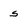
Character: s